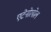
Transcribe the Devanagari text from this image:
एटेनोलोल